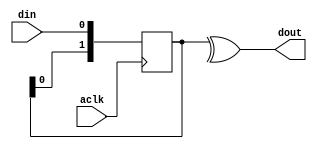

`timescale 1 ns / 1 ps

module edge_detector
(
  input  wire aclk,

  input  wire din,

  output wire dout
);

  reg [1:0] int_data_reg;

  always @(posedge aclk)
  begin
    int_data_reg <= {int_data_reg[0], din};
  end

  assign dout = ^int_data_reg;

endmodule